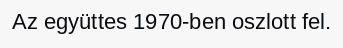
Az együttes 1970-ben oszlott fel.